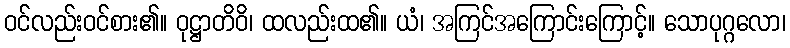
ဝင်လည်းဝင်စား၏။ ဝုဋ္ဌာတိဝိ၊ ထလည်းထ၏။ ယံ၊ အကြင်အကြောင်းကြောင့်။ သောပုဂ္ဂလော၊